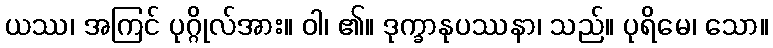
ယဿ၊ အကြင် ပုဂ္ဂိုလ်အား။ ဝါ၊ ၏။ ဒုက္ခာနုပဿနာ၊ သည်။ ပုရိမေ၊ သော။